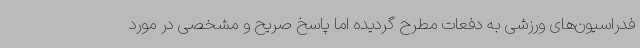
فدراسیون‌های ورزشی به دفعات مطرح گردیده اما پاسخ صریح و مشخصی در مورد